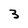
Character: 3